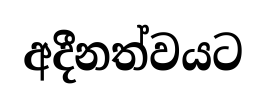
අදීනත්වයට